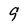
Character: 9